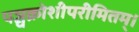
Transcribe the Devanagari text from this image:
पञ्चक्रोशीपरीमितम्।